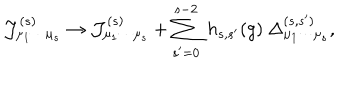
LaTeX: { \cal J } _ { \mu _ { 1 } \cdots \mu _ { s } } ^ { ( s ) } \rightarrow { \cal J } _ { \mu _ { 1 } \cdots \mu _ { s } } ^ { ( s ) } + \sum _ { s ^ { \prime } = 0 } ^ { s - 2 } \ h _ { s , s ^ { \prime } } ( g ) \ \Delta _ { \mu _ { 1 } \cdots \mu _ { s } } ^ { ( s , s ^ { \prime } ) } ,